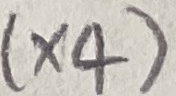
Text: (×4)